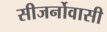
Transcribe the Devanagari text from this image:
सीजर्नोवासी